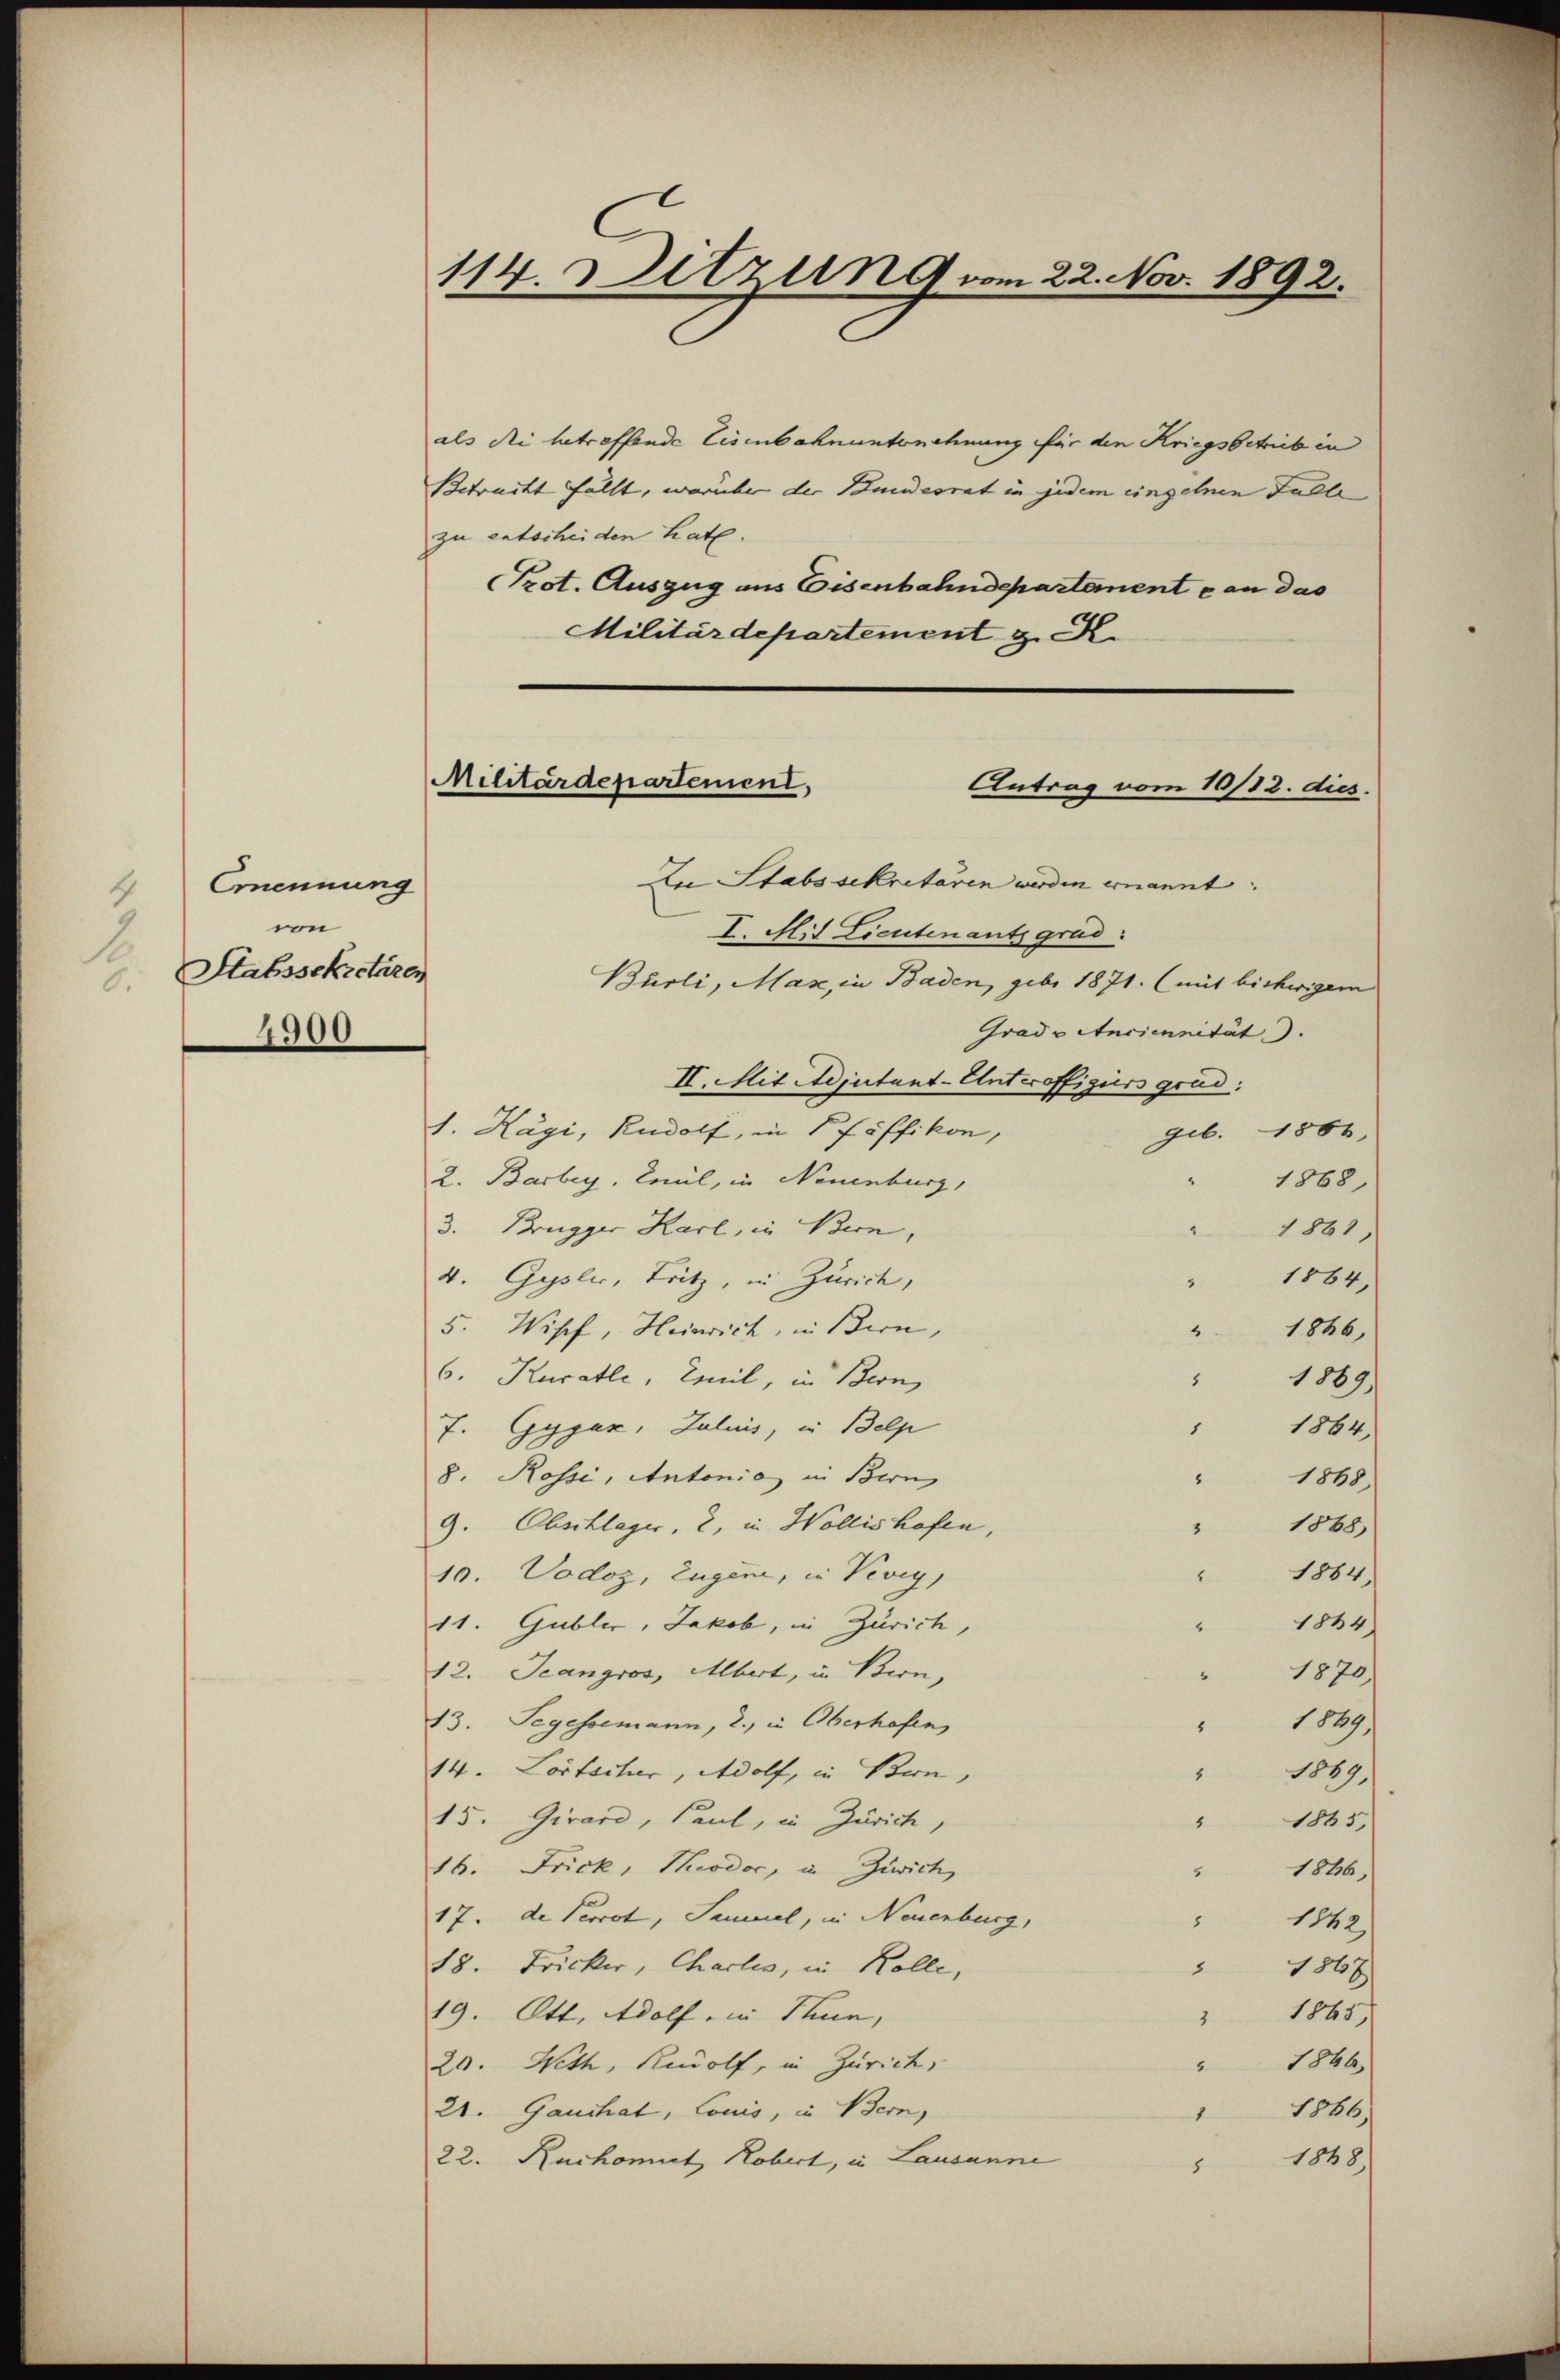
Ernennung
4
von
Stabssekretären
6.
4900

114. Ditzen 9 vom 22. Nov. 1892.

als die betreffende Eisenbahnunternehnung für den Kriegsbetrieb in
Betracht fällt, worüber der Bundesrat in jedem einzelnen Falle
zu entscheiden hat.
Prot. Auszug aus Eisenbahndepartemente an das
Militärdepartement z. R

Militärdepartement,
Antrag vom 16/82. dies

An Stabssekretären werden ernannt.
I. Mit Lieutenants grad.
Burli, Max, in Baden, geb. 1871. (mit bisherigem
Grad v Anciennität).
II. Mit Adjutant-Unteroffiziers grad:
S. Hägi, Rudolf, in Pfäffikon,
geb. 1866.
2. Barbey, Ceil, in Neuenburg,
1868
3. Brugger Karl, in Bern,
1861,
1864,
4. Gysler, Tritz, in Zürich,
8
5. Wipf, Heinrich, in Bern,
" 1866,
6. Kurathe, Emil, in Bern,
8
1869
1864.
7. Gypus, Julius, in Belp
1
8. Rossi, Antonia in Bern
8
1868)
9. Abschlager, 2, in Wollishofen,
" 1868
" 1884.
10. Vodoz, Eugen, in Vevey,
11. Gubler, Jakob, in Zürich,
1884.
12. Jeangros, Albert, in Bern,
1870
"
1839
13. Segessemann, 2., in Oberhofen,
1
14. Lortscher, Adolf, in Bern,
1869
15. Girard, Paul, in Zürich,
1835.
8
16. Frick, Piodoc, u. Zuwich
1886,
5
17. de Perrot, Sammel, in Neuenburg,
1842
8
18. Fricker, Charlo, in Kolle,
1847
1865)
19. Ott, Adolf, in Thun,
2
" 1866
20. Weth, Rudolf, in Zürich,
1866,
21. Gauchat, Louis, in Bern,
1
1868)
22. Ruchomit Robert, in Lausanne
8